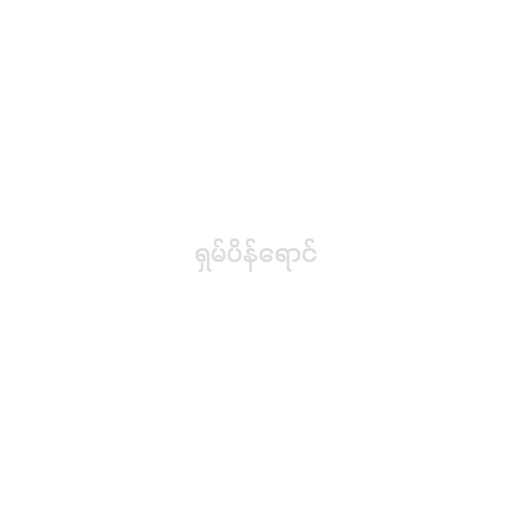
ရှမ်ပိန်ရောင်